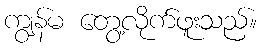
ကျွန်မ တွေ့လိုက်ဖူးသည်။